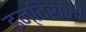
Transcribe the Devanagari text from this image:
इन्दिरानी